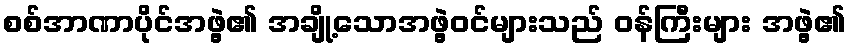
စစ်အာဏာပိုင်အဖွဲ့၏ အချို့သောအဖွဲ့ဝင်များသည် ဝန်ကြီးများ အဖွဲ့၏